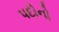
પદોનો